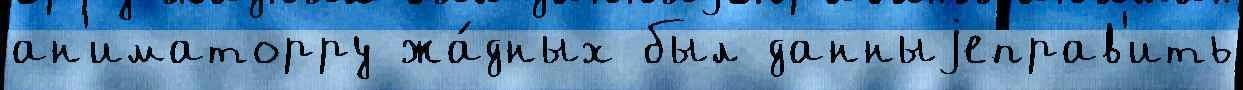
ан'иматорру жа́дных был данныjеправ'ить